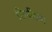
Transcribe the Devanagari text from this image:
लिपीचाच